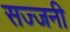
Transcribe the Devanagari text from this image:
सज्जनी